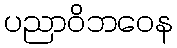
ပညာဝိဘဝေန